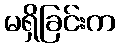
မရှိခြင်းက